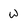
Character: W